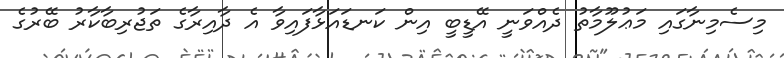
މިސެމިނާގައި މަޢުލޫމާތު ދެއްވަނީ އޭޑީބީ އިން ކަނޑައަޅާފައިވާ އެ ދާއިރާގެ ތަޖުރިބާކާރު ބޭރުގެ